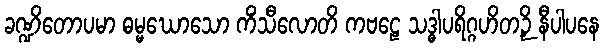
ခဏ္ဍိတောပမာ ဓမ္မဃောသော ကိံသီလောတိ ကဗဠေ သဒ္ဓါပရိဂ္ဂဟိတဉှိ နီပါပနေ